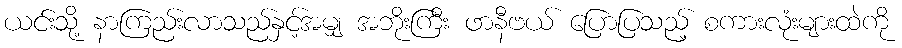
ယင်းသို့ နာကြည်းလာသည်နှင့်အမျှ အဘိုးကြီး ဖာနီဗယ် ပြောပြသည့် စကားလုံးများထဲကို